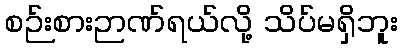
စဉ်းစားဉာဏ်ရယ်လို့ သိပ်မရှိဘူး